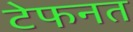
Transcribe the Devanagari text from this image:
टेफनत